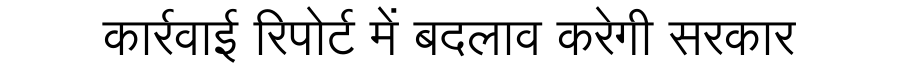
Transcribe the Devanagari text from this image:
कार्रवाई रिपोर्ट में बदलाव करेगी सरकार